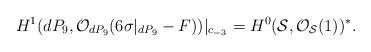
LaTeX: \begin{align*}H^{1} (dP_9, {\cal O}_{dP_9} (6 \sigma|_{dP_9} -F))|_{c_{-3}}=H^{0} ({\cal S}, {\cal O}_{{\cal S}} (1))^{*}.\end{align*}